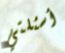
أسئلتي